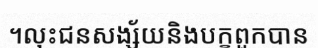
។លុះជនសង្ស័យនិងបក្ខពួកបាន